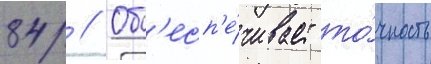
84 // Об'есп'е́чивает то́чность